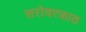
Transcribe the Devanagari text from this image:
सरोवरकाठ